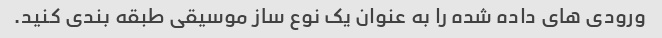
ورودی های داده شده را به عنوان یک نوع ساز موسیقی طبقه بندی کنید.